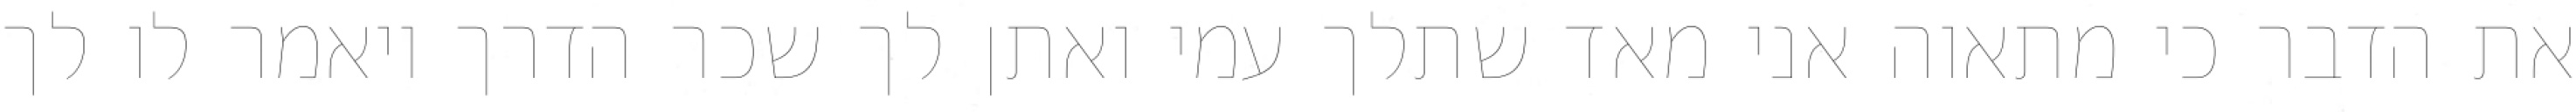
את הדבר כי מתאוה אני מאד שתלך עמי ואתן לך שכר הדרך ויאמר לו לך